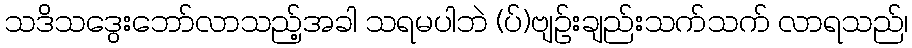
သဒိသဒွေးဘော်လာသည့်အခါ သရမပါဘဲ (ပ်)ဗျဉ်းချည်းသက်သက် လာရသည်၊